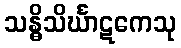
သန္ဓိသိင်္ဃာဋကေသု